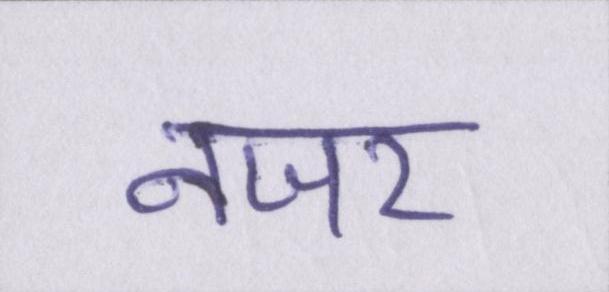
नजर